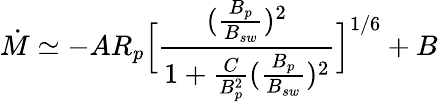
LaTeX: \dot{M}\simeq-AR_{p}\Big[\frac{(\frac{B_{p}}{B_{sw}})^{2}}{1+\frac{C}{B_{p}^{2}}(\frac{B_{p}}{B_{sw}})^{2}}\Big]^{1/6}+B